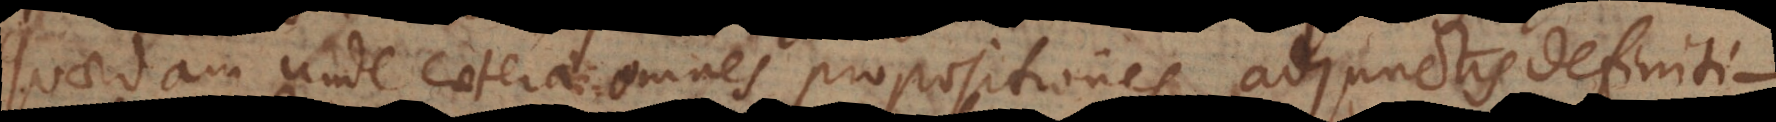
quaedam unde caeterae omnes propositiones adjunctis definition